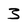
Character: 3